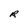
Character: R